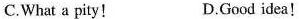
C.What a pity! D.Good idea!